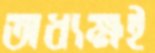
অধ্যক্ষই